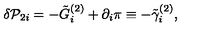
\delta { \cal P } _ { 2 i } = - \tilde { G } _ { i } ^ { ( 2 ) } + \partial _ { i } \pi \equiv - \tilde { \gamma } _ { i } ^ { ( 2 ) } ,